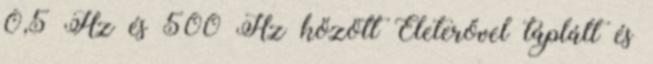
0,5 Hz és 500 Hz között Életerővel táplált és